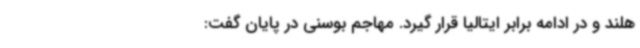
هلند و در ادامه برابر ایتالیا قرار گیرد. مهاجم بوسنی در پایان گفت: